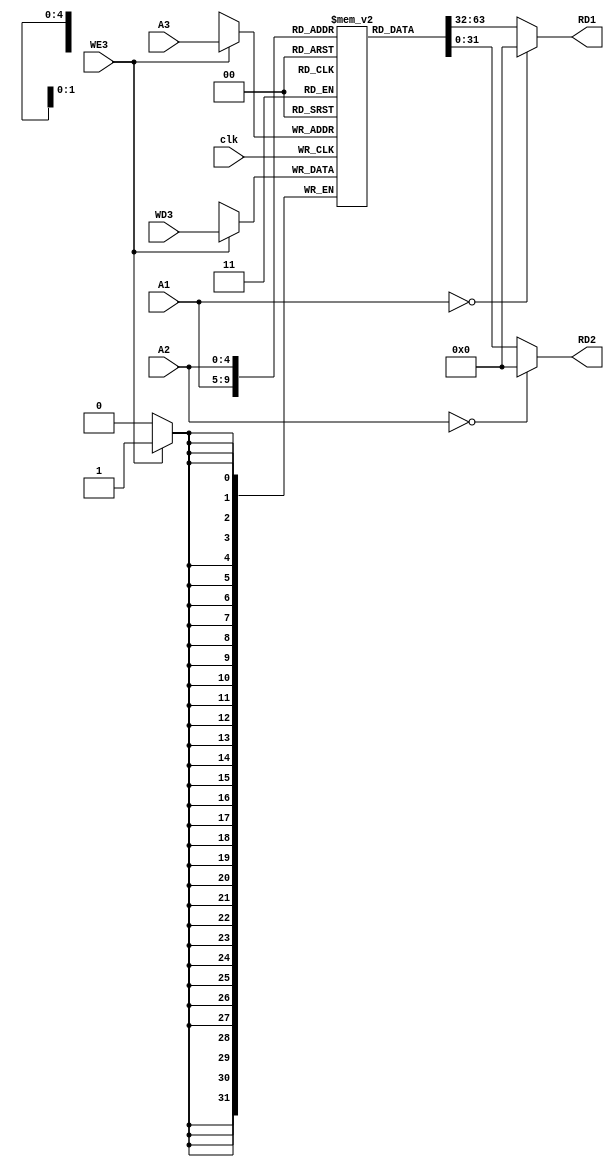
`timescale 1ns / 1ps

module RegsFile(
    input clk,
    input [4:0] A1,
    input [4:0] A2,
    input [4:0] A3,
    input WE3,
    input [31:0] WD3,
    output [31:0] RD1,
    output [31:0] RD2
    );
    
    reg [31:0] Reg [0:31];
    
    assign RD1 = (A1 == 0)? 0:Reg[A1];
    assign RD2 = (A2 == 0)? 0:Reg[A2];
    
    always @ (posedge clk)
        if (WE3)
            begin 
                Reg[A3] <= WD3;
                $display($time, "!my logs: \t reg[%d]<-%d", A3, WD3);
            end
endmodule